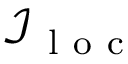
\mathcal { I _ { \mathrm { ~ l ~ o ~ c ~ } } }